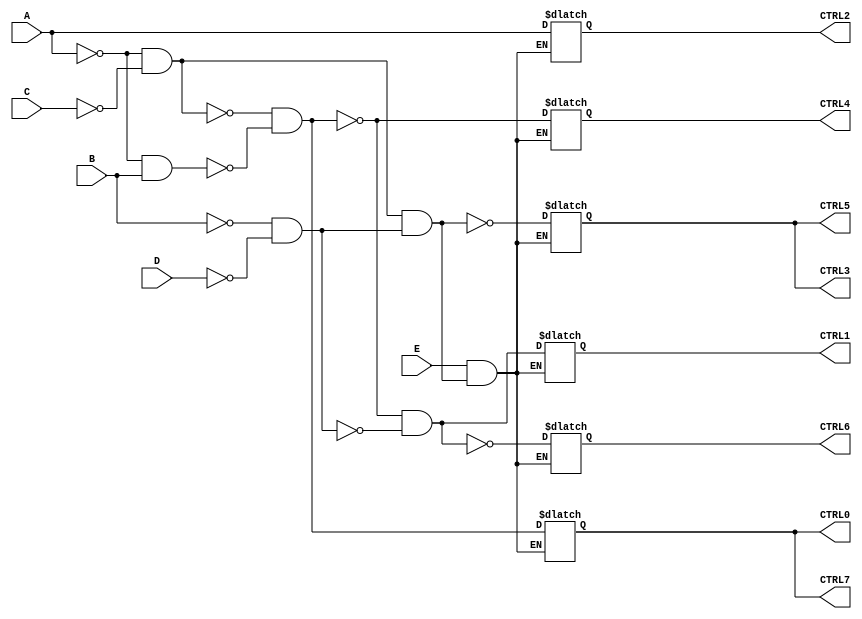
/* Generated by Yosys 0.28+1 (git sha1 a9c792dce, clang 10.0.0-4ubuntu1 -fPIC -Os) */

(* hdlname = "\\\\control_unit_example" *)
(* top =  1  *)
(* src = "control_unit_example.v:3.1-77.10" *)
module control_unit_example(A, B, C, D, E, CTRL0, CTRL1, CTRL2, CTRL3, CTRL4, CTRL5, CTRL6, CTRL7);
  (* src = "control_unit_example.v:18.5-76.6" *)
  wire _00_;
  (* src = "control_unit_example.v:18.5-76.6" *)
  wire _01_;
  (* src = "control_unit_example.v:18.5-76.6" *)
  wire _02_;
  (* src = "control_unit_example.v:18.5-76.6" *)
  wire _03_;
  (* src = "control_unit_example.v:18.5-76.6" *)
  wire _04_;
  wire _05_;
  wire _06_;
  wire _07_;
  wire _08_;
  wire _09_;
  wire _10_;
  wire _11_;
  wire _12_;
  wire _13_;
  wire _14_;
  wire _15_;
  wire _16_;
  wire _17_;
  wire _18_;
  wire _19_;
  wire _20_;
  wire _21_;
  wire _22_;
  wire _23_;
  (* src = "control_unit_example.v:18.5-76.6" *)
  wire _24_;
  (* src = "control_unit_example.v:18.5-76.6" *)
  wire _25_;
  (* src = "control_unit_example.v:18.5-76.6" *)
  wire _26_;
  (* src = "control_unit_example.v:18.5-76.6" *)
  wire _27_;
  (* src = "control_unit_example.v:18.5-76.6" *)
  wire _28_;
  (* src = "control_unit_example.v:4.11-4.12" *)
  wire _29_;
  (* src = "control_unit_example.v:5.11-5.12" *)
  wire _30_;
  (* src = "control_unit_example.v:6.11-6.12" *)
  wire _31_;
  (* src = "control_unit_example.v:7.11-7.12" *)
  wire _32_;
  (* src = "control_unit_example.v:8.11-8.12" *)
  wire _33_;
  wire _34_;
  wire _35_;
  wire _36_;
  wire _37_;
  wire _38_;
  wire _39_;
  wire _40_;
  wire _41_;
  wire _42_;
  wire _43_;
  wire _44_;
  wire _45_;
  (* src = "control_unit_example.v:4.11-4.12" *)
  input A;
  wire A;
  (* src = "control_unit_example.v:5.11-5.12" *)
  input B;
  wire B;
  (* src = "control_unit_example.v:6.11-6.12" *)
  input C;
  wire C;
  (* src = "control_unit_example.v:9.16-9.21" *)
  output CTRL0;
  reg CTRL0;
  (* src = "control_unit_example.v:10.16-10.21" *)
  output CTRL1;
  reg CTRL1;
  (* src = "control_unit_example.v:11.16-11.21" *)
  output CTRL2;
  reg CTRL2;
  (* src = "control_unit_example.v:12.16-12.21" *)
  output CTRL3;
  reg CTRL3;
  (* src = "control_unit_example.v:13.16-13.21" *)
  output CTRL4;
  reg CTRL4;
  (* src = "control_unit_example.v:14.16-14.21" *)
  output CTRL5;
  wire CTRL5;
  (* src = "control_unit_example.v:15.16-15.21" *)
  output CTRL6;
  reg CTRL6;
  (* src = "control_unit_example.v:16.16-16.21" *)
  output CTRL7;
  wire CTRL7;
  (* src = "control_unit_example.v:7.11-7.12" *)
  input D;
  wire D;
  (* src = "control_unit_example.v:8.11-8.12" *)
  input E;
  wire E;
  assign _35_ = ~_29_;
  assign _36_ = ~_31_;
  assign _37_ = ~_30_;
  assign _38_ = ~_32_;
  assign _39_ = ~(_35_ & _36_);
  assign _40_ = ~_39_;
  assign _41_ = ~(_35_ & _30_);
  assign _27_ = ~(_39_ & _41_);
  assign _24_ = ~_27_;
  assign _42_ = ~(_37_ & _38_);
  assign _43_ = ~_42_;
  assign _28_ = ~(_27_ & _42_);
  assign _25_ = ~_28_;
  assign _26_ = ~(_40_ & _43_);
  assign _44_ = ~_26_;
  assign _45_ = ~(_33_ & _44_);
  assign _34_ = ~_45_;
  (* src = "control_unit_example.v:18.5-76.6" *)
  always @*
    if (!_05_) CTRL0 = _00_;
  (* src = "control_unit_example.v:18.5-76.6" *)
  always @*
    if (!_05_) CTRL1 = _01_;
  (* src = "control_unit_example.v:18.5-76.6" *)
  always @*
    if (!_05_) CTRL2 = A;
  (* src = "control_unit_example.v:18.5-76.6" *)
  always @*
    if (!_05_) CTRL3 = _02_;
  (* src = "control_unit_example.v:18.5-76.6" *)
  always @*
    if (!_05_) CTRL4 = _03_;
  (* src = "control_unit_example.v:18.5-76.6" *)
  always @*
    if (!_05_) CTRL6 = _04_;
  assign CTRL5 = CTRL3;
  assign CTRL7 = CTRL0;
  assign _29_ = A;
  assign _31_ = C;
  assign _30_ = B;
  assign _03_ = _27_;
  assign _32_ = D;
  assign _01_ = _25_;
  assign _00_ = _24_;
  assign _04_ = _28_;
  assign _02_ = _26_;
  assign _33_ = E;
  assign _05_ = _34_;
endmodule